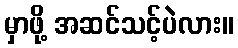
မှာဖို့ အဆင်သင့်ပဲလား။